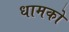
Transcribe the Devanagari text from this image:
धामको